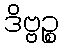
ဒိဗ္ဗဉ္စ